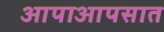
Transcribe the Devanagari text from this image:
आपाआपसात